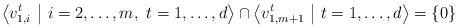
LaTeX: \begin{align*} \left< v_{1,i}^t \ \middle| \ i = 2, \dots, m, \ t = 1, \dots, d \right> \cap \left< v_{1,m+1}^t \ \middle| \ t = 1, \dots, d \right> = \{ 0 \} \end{align*}